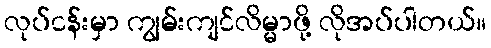
လုပ်ငန်းမှာ ကျွမ်းကျင်လိမ္မာဖို့ လိုအပ်ပါတယ်။